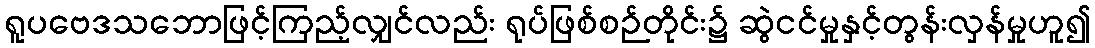
ရူပဗေဒသဘောဖြင့်ကြည့်လျှင်လည်း ရုပ်ဖြစ်စဉ်တိုင်း၌ ဆွဲငင်မှုနှင့်တွန်းလှန်မှုဟူ၍